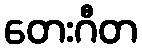
တေးဂီတ